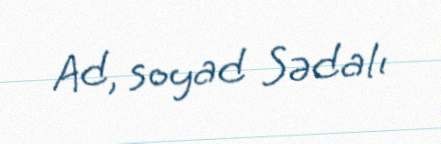
Ad, soyad Sədalı